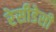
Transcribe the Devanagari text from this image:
रेसीडेसी